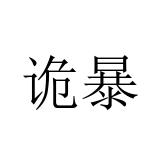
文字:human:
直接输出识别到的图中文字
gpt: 诡暴